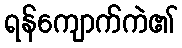
ရန်ကျောက်ကဲ၏